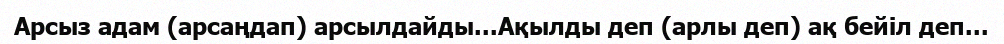
Арсыз адам (арсаңдап) арсылдайды...Ақылды деп (арлы деп) ақ бейіл деп...